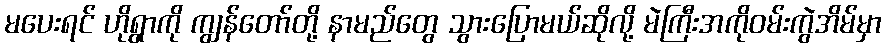
မပေးရင် ဟိုရွာကို ကျွန်တော်တို့ နာမည်တွေ သွားပြောမယ်ဆိုလို့ မဲကြီးအကိုဝမ်းကွဲအိမ်မှာ